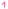
Text: 1